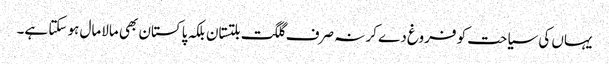
یہاں کی سیاحت کو فروغ دے کر نہ صرف گلگت بلتستان بلکہ پاکستان بھی مالامال ہو سکتا ہے۔